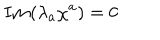
LaTeX: { \bf I m } ( \lambda _ { a } \chi ^ { a } ) = 0